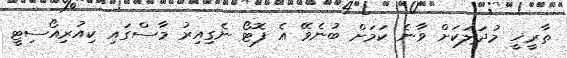
ތާރީޚީ މުދަލަކަށް ވާނެ ކަމަށް ބުނެވޭ އެ ފޮޓޯ ނެގިއިރު މާސްގައި ކިއުރިއޯސިޓީ